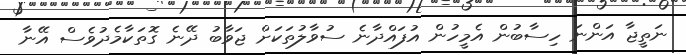
ނަތީޖާ އަންނަ ހިސާބުން އެމީހުން އުފައްދާނެ ސުވާލުތަކަށް ޖަވާބު ދޭނެ ގޮތަކާމެދުވެސް އޭނާ